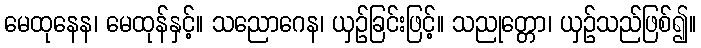
မေထုနေန၊ မေထုန်နှင့်။ သညောဂေန၊ ယှဉ်ခြင်းဖြင့်။ သညုတ္တော၊ ယှဉ်သည်ဖြစ်၍။